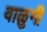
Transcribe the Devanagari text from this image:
वाळुनी